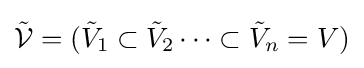
{\tilde {\mathcal {V}}}=({\tilde {V}}_{1}\subset {\tilde {V}}_{2}\cdots \subset {\tilde {V}}_{n}=V)